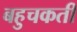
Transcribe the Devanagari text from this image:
बहुचकती